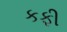
કફી